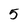
Character: 5